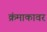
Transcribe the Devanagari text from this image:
क्रंमाकावर